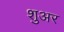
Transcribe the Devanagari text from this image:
शुअर